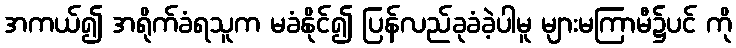
အကယ်၍ အရိုက်ခံရသူက မခံနိုင်၍ ပြန်လည်ခုခံခဲ့ပါမူ များမကြာမီ၌ပင် ကို